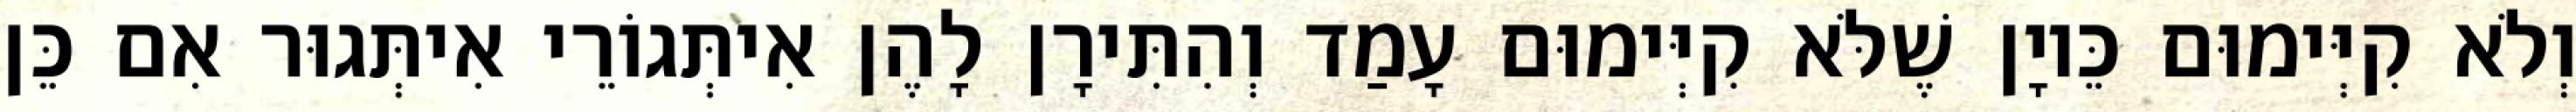
וְלֹא קִיְּימוּם כֵּיוָן שֶׁלֹּא קִיְּימוּם עָמַד וְהִתִּירָן לָהֶן אִיתְּגוֹרֵי אִיתְּגוּר אִם כֵּן